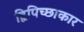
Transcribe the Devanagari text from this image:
द्विपिच्छाकार